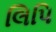
લિપિ